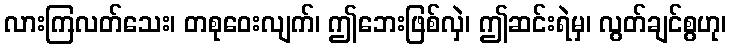
လားကြလတ်သေး၊ တစုဝေးလျက်၊ ဤဘေးဖြစ်လှဲ၊ ဤဆင်းရဲမှ၊ လွတ်ချင်စွဟု၊